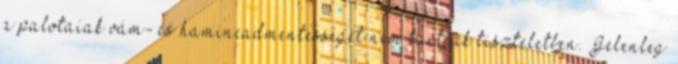
a palotaiak vám- és hamincadmentességét nem tartják tiszteletben. Jelenleg